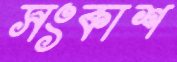
সংকাশ